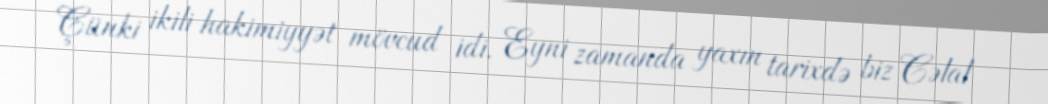
Çünki ikili hakimiyyət mövcud idi. Eyni zamanda yaxın tarixdə biz Cəlal